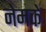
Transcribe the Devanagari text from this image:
नेमकें